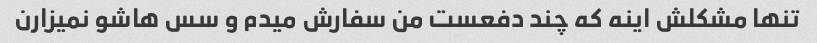
تنها مشکلش اینه که چند دفعست من سفارش میدم و سس هاشو نمیزارن